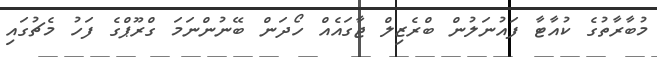
މުބާރާތުގެ ކުއާޓާ ފައުނަލުން ބްރެޒިލް ޖާގައެއް ހޯދަން ބޭނުންނަމަ ގްރޫޕްގެ ފަހު މެޗުގައި